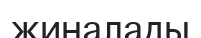
жиналады